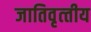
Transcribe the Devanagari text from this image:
जातिवृत्‍तीय